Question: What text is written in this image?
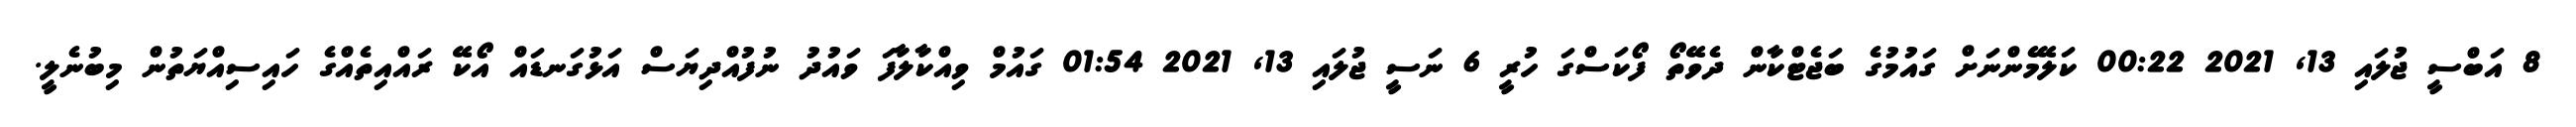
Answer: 8 އަބްސީ ޖުލައި 13, 2021 00:22 ކަލޭމެންނަށް ގައުމުގެ ބަޖެޓްކާން ދެވޭތޯ ފޯކަސްގަ ހުރީ 6 ނަސީ ޖުލައި 13, 2021 01:54 ގައުމް ވިއްކާލާފަ ވައުދު ނުފުއްދިޔަސް އަޅުގަނޑައް އޯކޭ ރައްއިތެއްގެ ހައިސިއްޔަތުން މިބުނެލީ.